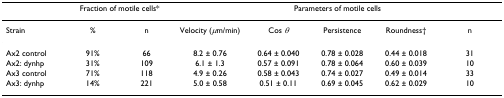
<table><thead><tr><td></td><td colspan="2"><b>Fraction of motile cells*</b></td><td colspan="5"><b>Parameters of motile cells</b></td></tr></thead><tbody><tr><td>Strain</td><td>%</td><td>n</td><td>Velocity (<i>μ</i>m/min)</td><td>Cos <i>θ</i></td><td>Persistence</td><td>Roundness†</td><td>n</td></tr><tr><td>Ax2 control</td><td>91%</td><td>66</td><td>8.2 ± 0.76</td><td>0.64 ± 0.040</td><td>0.78 ± 0.028</td><td>0.44 ± 0.018</td><td>31</td></tr><tr><td>Ax2: dynhp</td><td>31%</td><td>109</td><td>6.1 ± 1.3</td><td>0.57 ± 0.091</td><td>0.78 ± 0.064</td><td>0.60 ± 0.039</td><td>10</td></tr><tr><td>Ax3 control</td><td>71%</td><td>118</td><td>4.9 ± 0.26</td><td>0.58 ± 0.043</td><td>0.74 ± 0.027</td><td>0.49 ± 0.014</td><td>33</td></tr><tr><td>Ax3: dynhp</td><td>14%</td><td>221</td><td>5.0 ± 0.58</td><td>0.51 ± 0.11</td><td>0.69 ± 0.045</td><td>0.62 ± 0.029</td><td>10</td></tr></tbody></table>